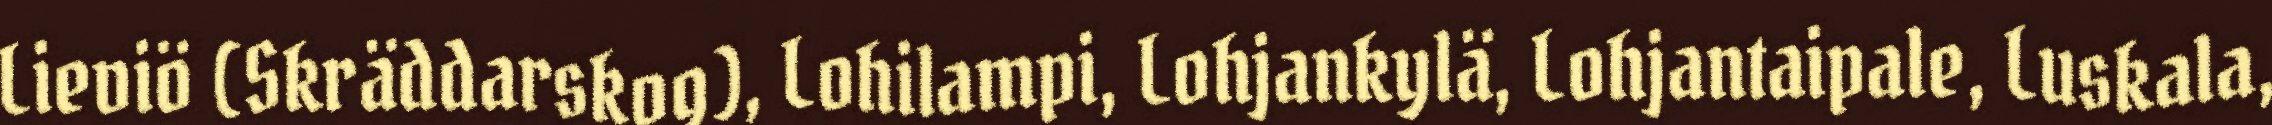
Lieviö (Skräddarskog), Lohilampi, Lohjankylä, Lohjantaipale, Luskala,